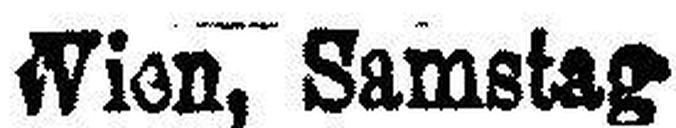
Wien, Samstag